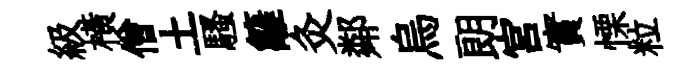
級横僧土騷籬灸鄰烏朗宮實慄粒